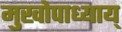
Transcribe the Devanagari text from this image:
मुखोपाध्याय्